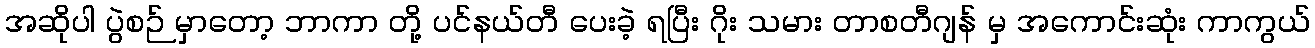
အဆိုပါ ပွဲစဉ် မှာတော့ ဘာကာ တို့ ပင်နယ်တီ ပေးခဲ့ ရပြီး ဂိုး သမား တာစတီဂျန် မှ အကောင်းဆုံး ကာကွယ်